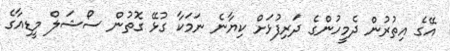
އޭގެ އިތުރުން ދެމީހުންގެ ދަރިފުޅަށް ކިޔާނެ ނަމަކާ ގުޅޭ ގޮތުން ސޯޝަލް މީޑިއާގެ